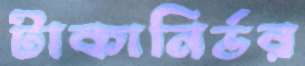
টাকানির্ভর